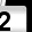
Digit: 2